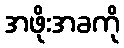
အဖိုးအခကို